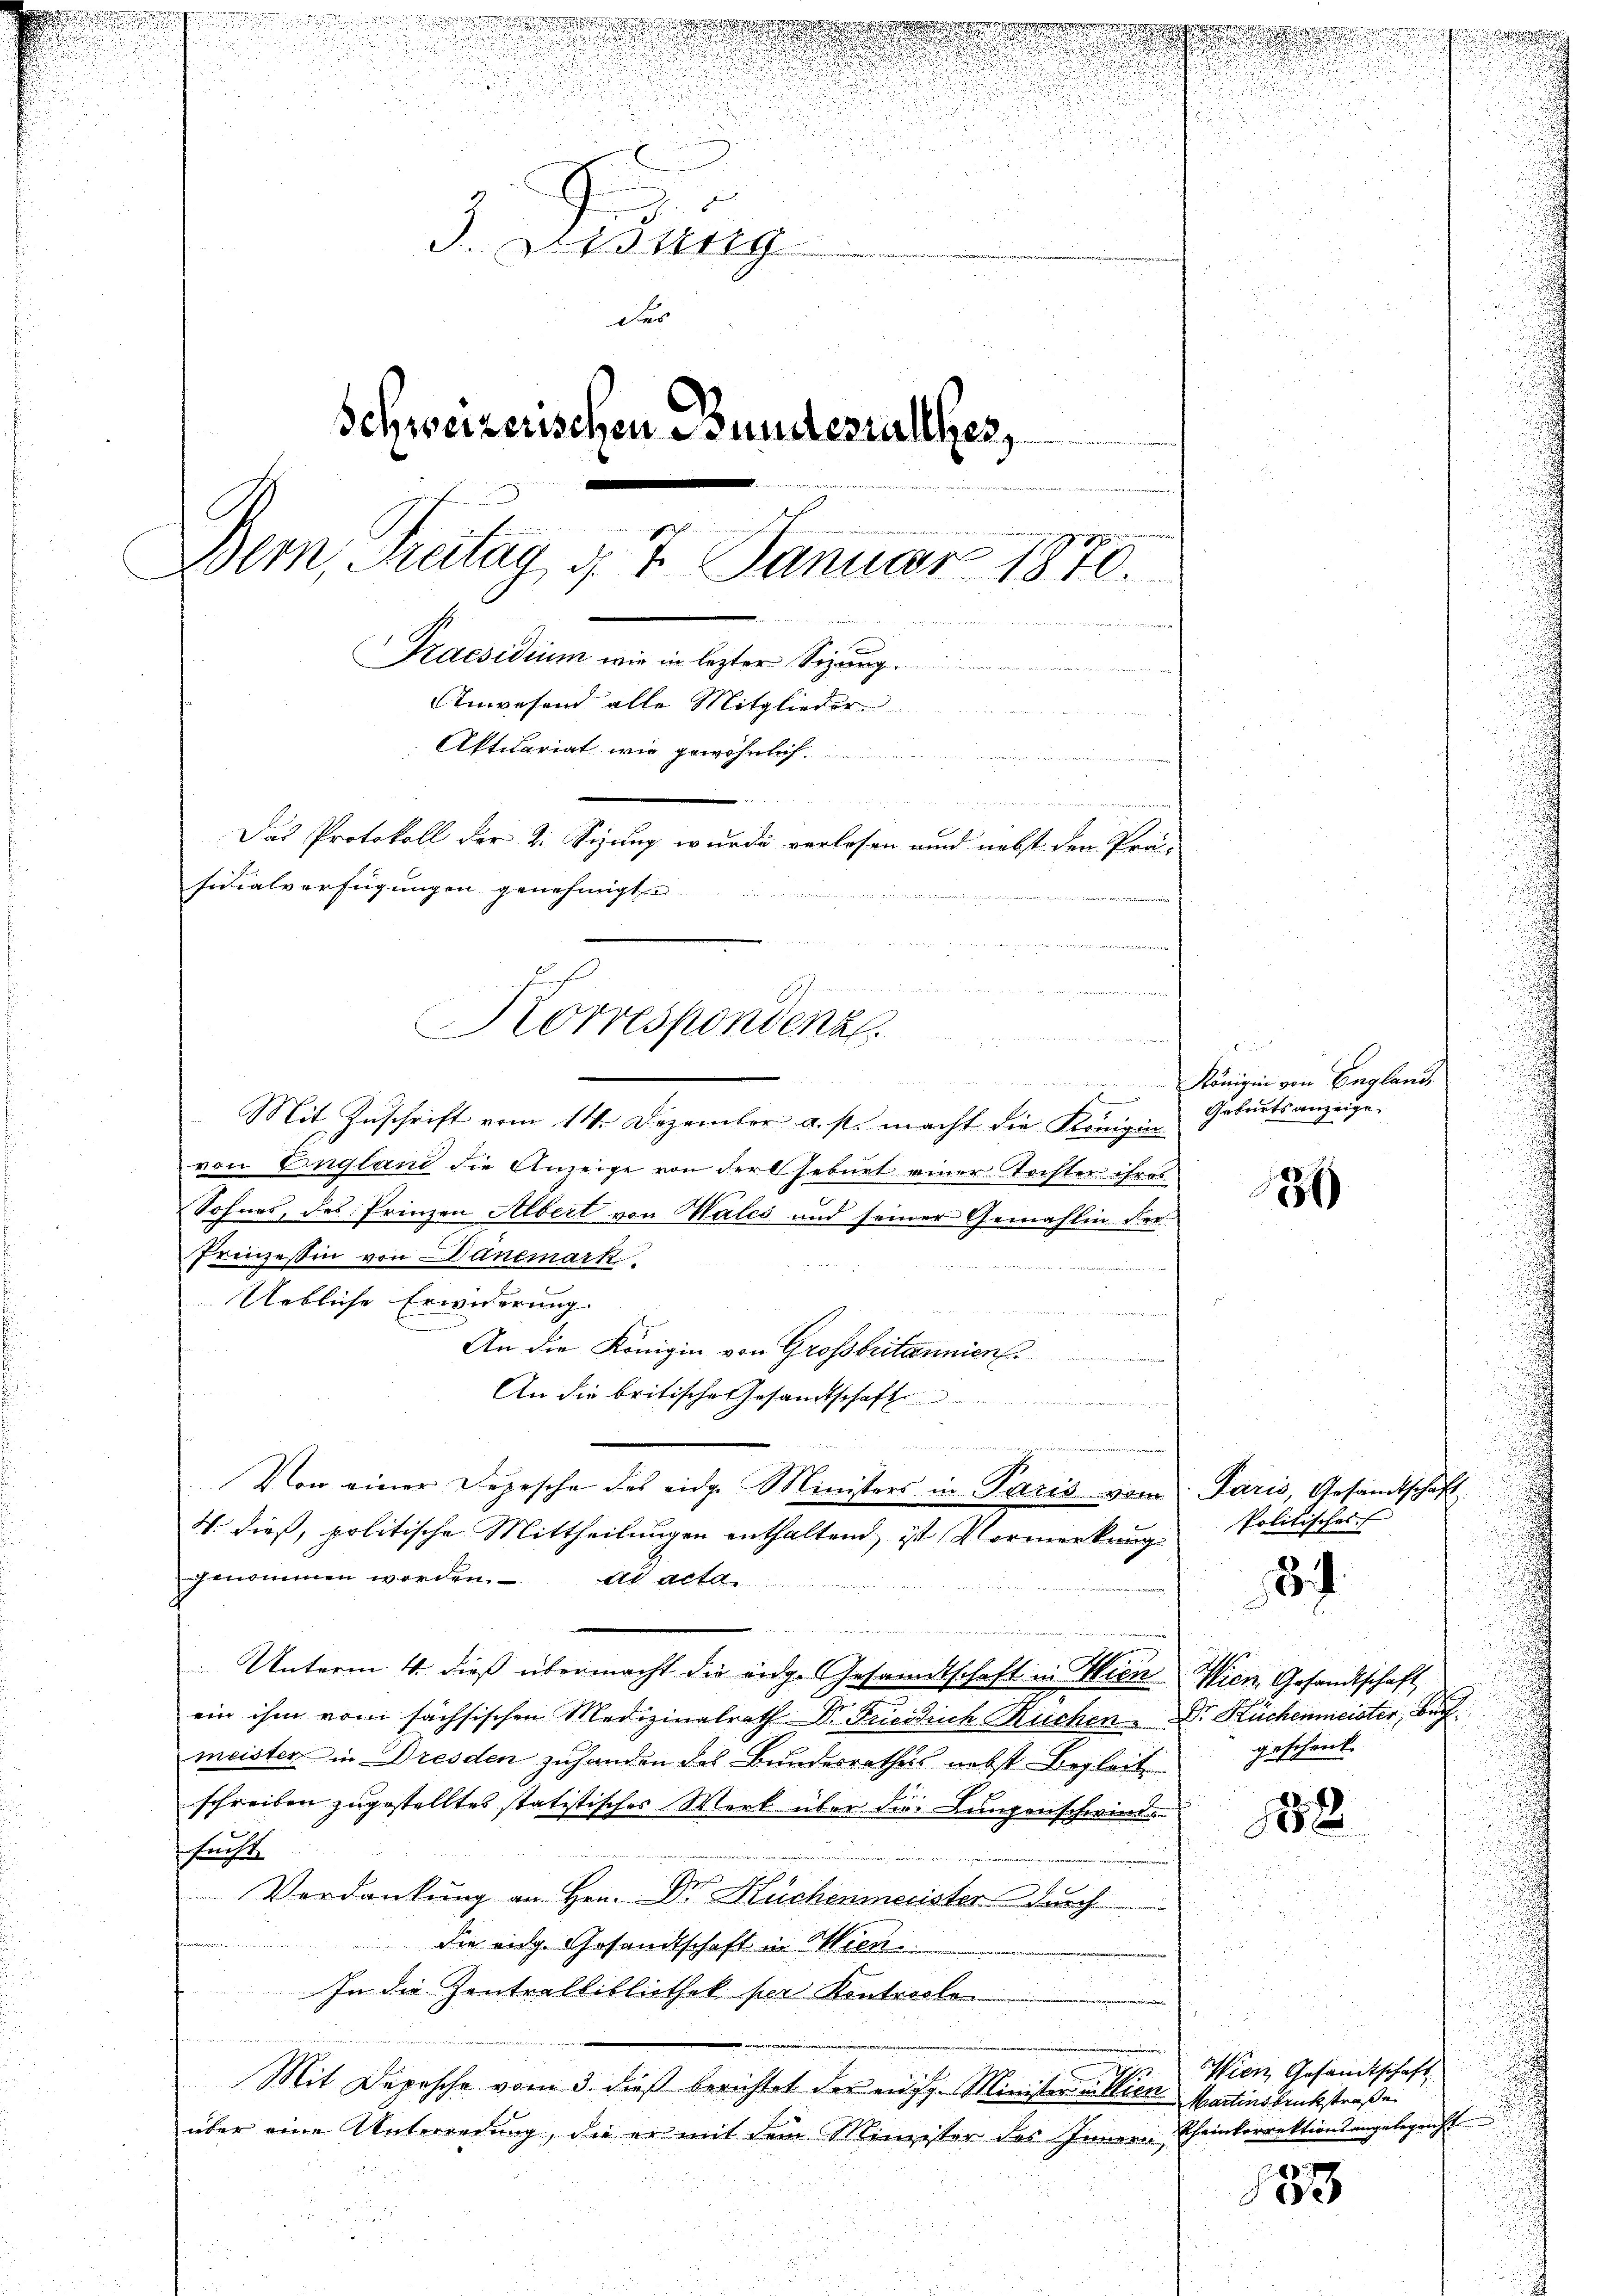
d
.

2
.
f

n
3. Dedung
der
Schweizerischen Bundesrathes,
Bern, Freitag d. 7. Januar 1870.

Praesidium wie in lezter Sizung.
Anwesend alle Mitglieder
m
Aktuariat, wie gewöhnlich

Das Protokoll der 2. Sizung wurde verlesen und nebst den Prä-
sidialverfügungen genehmigt.
e
37.
und
e
Korrespondenz.

d
Mit Zuschrift vom 14. Dezember a. s. macht die Königin
von England die Anzeige von der Geburt einer Tochter ihres
Sohnes, des Prinzen Albert von Wales und seiner Gemahlin der¬
Prinzessin von anemark
Uebliche Erwiderung.
demann
An die Königin von Großbritannien
An die britische Gesandtschaft
wie wir in versammen wi
Von einer Depesche des eidge Ministers in Paris vom Paris, Gesandtschaft
4. dieß, politische Mittheilungen enthaltend, ist Vormerkung
genommen werden. ad acta.
m
Unterm 4. dieß übermacht die eidge Gesandtschaft in Wien. Wien, Gesandtschaft
ein ihm vom sächsischen Medizinalrath Dr. Freilich Ruchen. Dr. Küchenmeister, Buch
meister in Dresden zuhanden das Bundesrathes nebst Begleit
schreiben zugestelltes statistisches Werk über die Lungenschwinde
schricht
Verdankung an Hrn. Dr Küchenmeister durch
die eige Gesandtschaft in Wien
In die Zentralbibliothek per Kontrolle
Mit Depesche vom 3. dieß berichtet der eidg. Ministern Klien Martinsbruchstraße
über eine Unterredung, die er mit dem Minister des Innern Theinkorrektionsangelegrecht

Königin von Englands
Geburtsanzeige

37)

Politisches

3.

geschenk.

188

153

Wien, Gesandtschaft